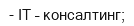
- ІТ – консалтинг;